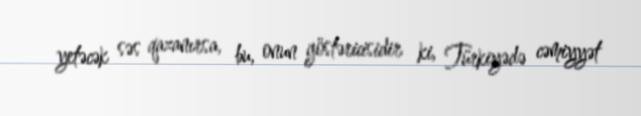
yetəcək səs qazanırsa, bu, onun göstəricisidir ki, Türkiyədə cəmiyyət